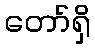
တော်ရှိ